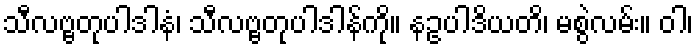
သီလဗ္ဗတုပါဒါနံ၊ သီလဗ္ဗတုပါဒါန်ကို။ နဥပါဒိယတိ၊ မစွဲလမ်း။ ဝါ၊